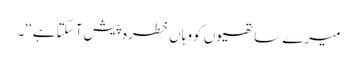
میرے ساتھیوں کو وہاں خطرہ پیش آسکتا ہے‘‘۔